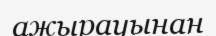
ажырауынан